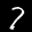
Label: 7